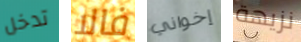
تدخل فالا إخواني نزيهة